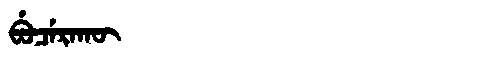
Manchu: ᠪᡠᠴᡝᡵᠠᡴᡡ
Romanization: BUCERAKŪ